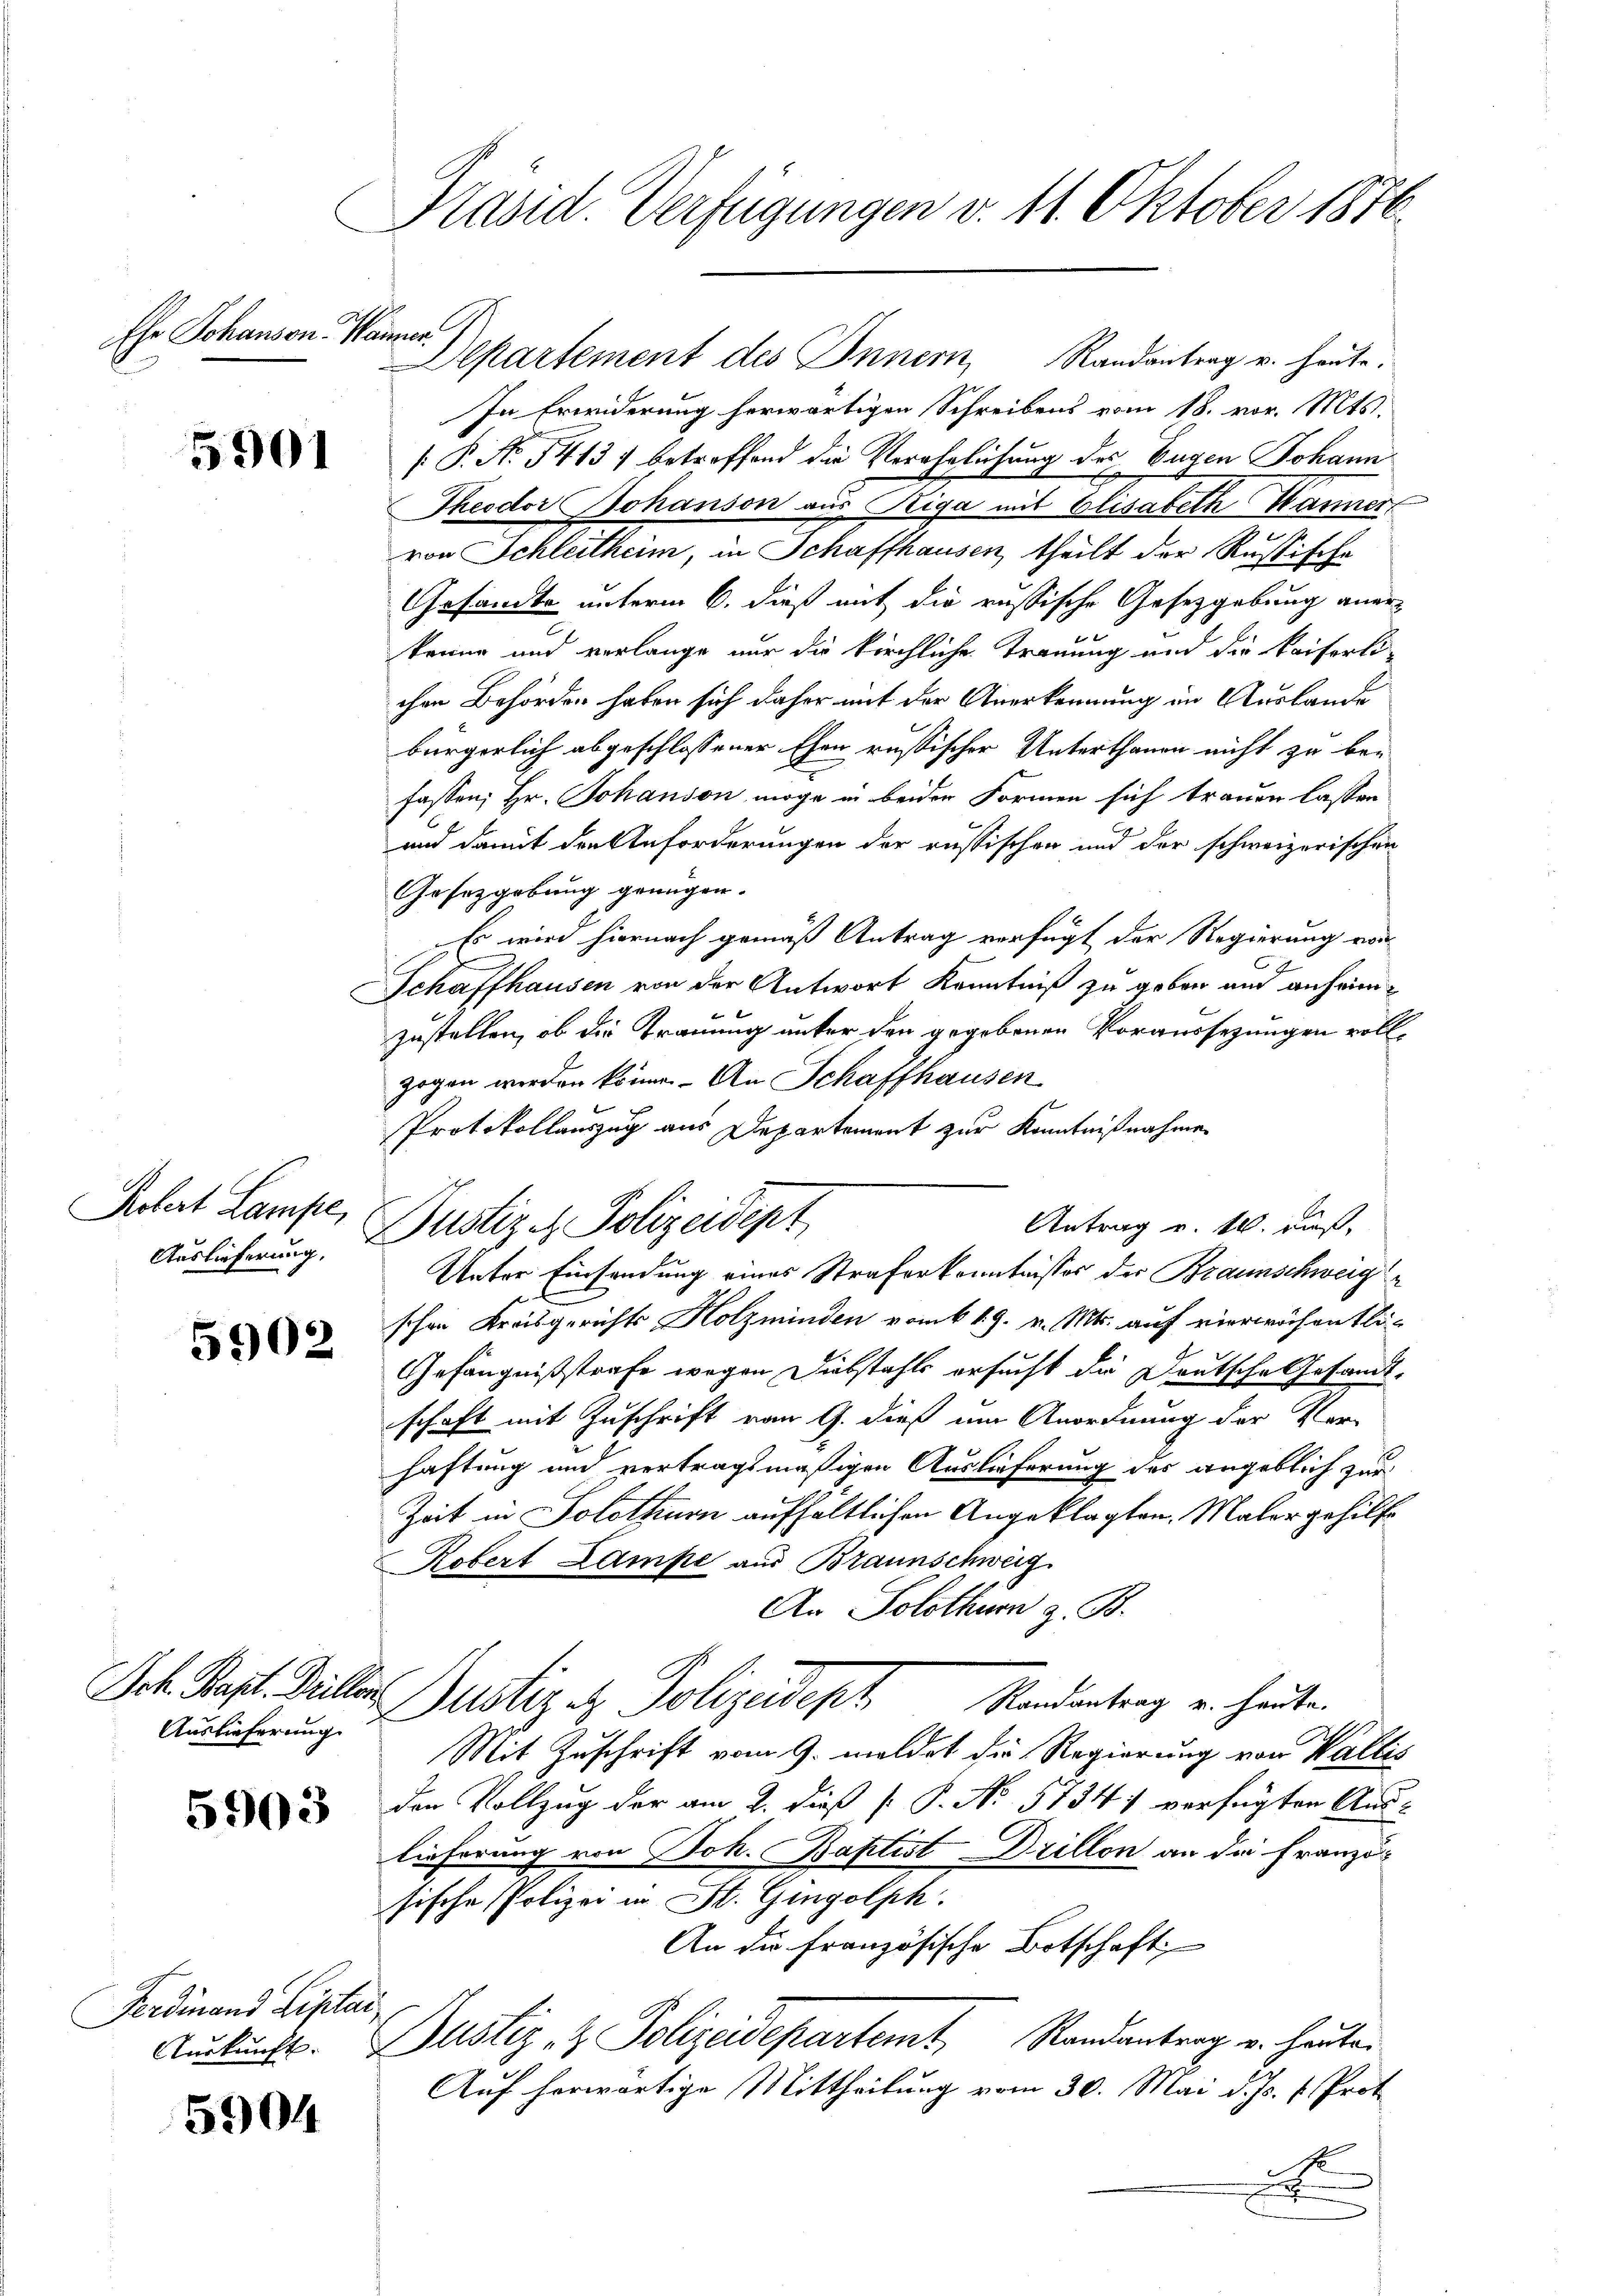
Ehr Johanson, Männer.

5901

Robert Lampe,
Auslieferung.

5902

Jch. Bapt. Drillen.
Auslieferung.

5903

Ferdinand Liptar
Auskunft.

5904

Präsid. Verfügungen d. 11. Oktober 1876

Departement des Innern Randantrag u. heute.
In Erwiderung herwärtigen Schreibens vom 18. vor. Mts.
[ P. No 1413) betreffend die Verehrlichung des Eugen Johann
Theodor Johanson aus Riga mit Elisabeth Hanner
a
von Schleitheim, in Schaffhausen, theilt der Rustische
Gesandte unterm 6. dieß mit die russische Gesetzgebung anerkönne und verlange nur die kirchliche Trauung und die Kaiserli-
chen Behörden haben sich daher mit der Anerkennung in Auslande
bürgerlich abgeschlossener Ehen russischer Unterthanen nicht zu befassen, Hr. Johanson möge in beider Formen sich trauen lassen
und damit den Anforderungen der russischen und der schweizerischen
Gesetzgebung genügen.
Es wird hiernach gemäß Antrag verfügt der Regierung von
Schaffhausen von der Antwort Kenntniß zu geben aus anheimzustellen, ob die Trauung unter den gegebenen Voraussezungen vollzogen werden könne. - An Schaffhausen
Protokollauszug aus Departement zur Kenntnißnahmen
Antrag v. 10. Auß
Justiz & Polizeident
Unter Eisendung eines Straferkenntnisses der Braunschweig
schon Kreisgerichts Holzminden vom 6. 19. v. Mts. auf vierwöchentli¬
Gefängnißstrafe wegen Diebstahls ersucht die Deutsche Gesandtschaft mit Zuschrift vom 9. dieß um Anordnung der Ver-
haftung und vertragsmäßigen Auslieferung des angeblich zur
Zeit in Solothurn aufhältlichen Angeklagten, Maler gehilfe
Robert Lampe aus Braunschweig
An Solothurn z. B.
Randantrag u. heute.
Gustiz & Polizeidept
Mit Zuschrift vom 9. meldet die Regierung von Wallis
den Vollzug der am 2. dieß [ P. N. 5734) verfügten Auslieferung von Joh. Baptist Drillon an die Französische Polizei in St. Gingolph.
An die französische Botschaft
Justiz- & Polizeidepartemt, Randantrag u. heuter
Auf herwärtige Mittheilung vom 30. Mai d. Js. v. Prot
.